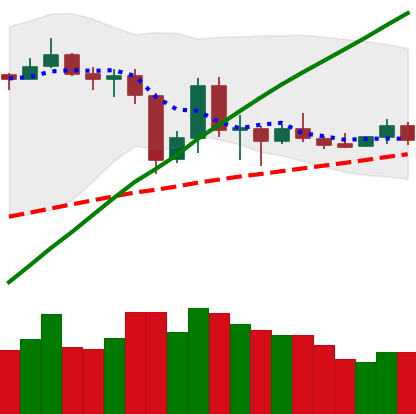
Ticker: LTC-USD
Chart end date: 2019-07-09
Forward return: -24.836%
Label: down_7plus